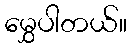
မွှေပါတယ်။